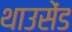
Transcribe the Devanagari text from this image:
थाउसेंड